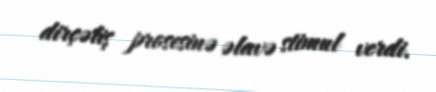
dirçəliş prosesinə əlavə stimul verdi.